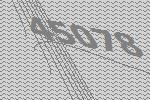
45078